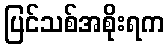
ပြင်သစ်အစိုးရက